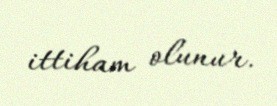
ittiham olunur.